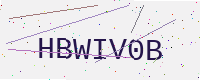
Text: HBWIV0B